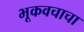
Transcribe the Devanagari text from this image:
भूकवचाचा